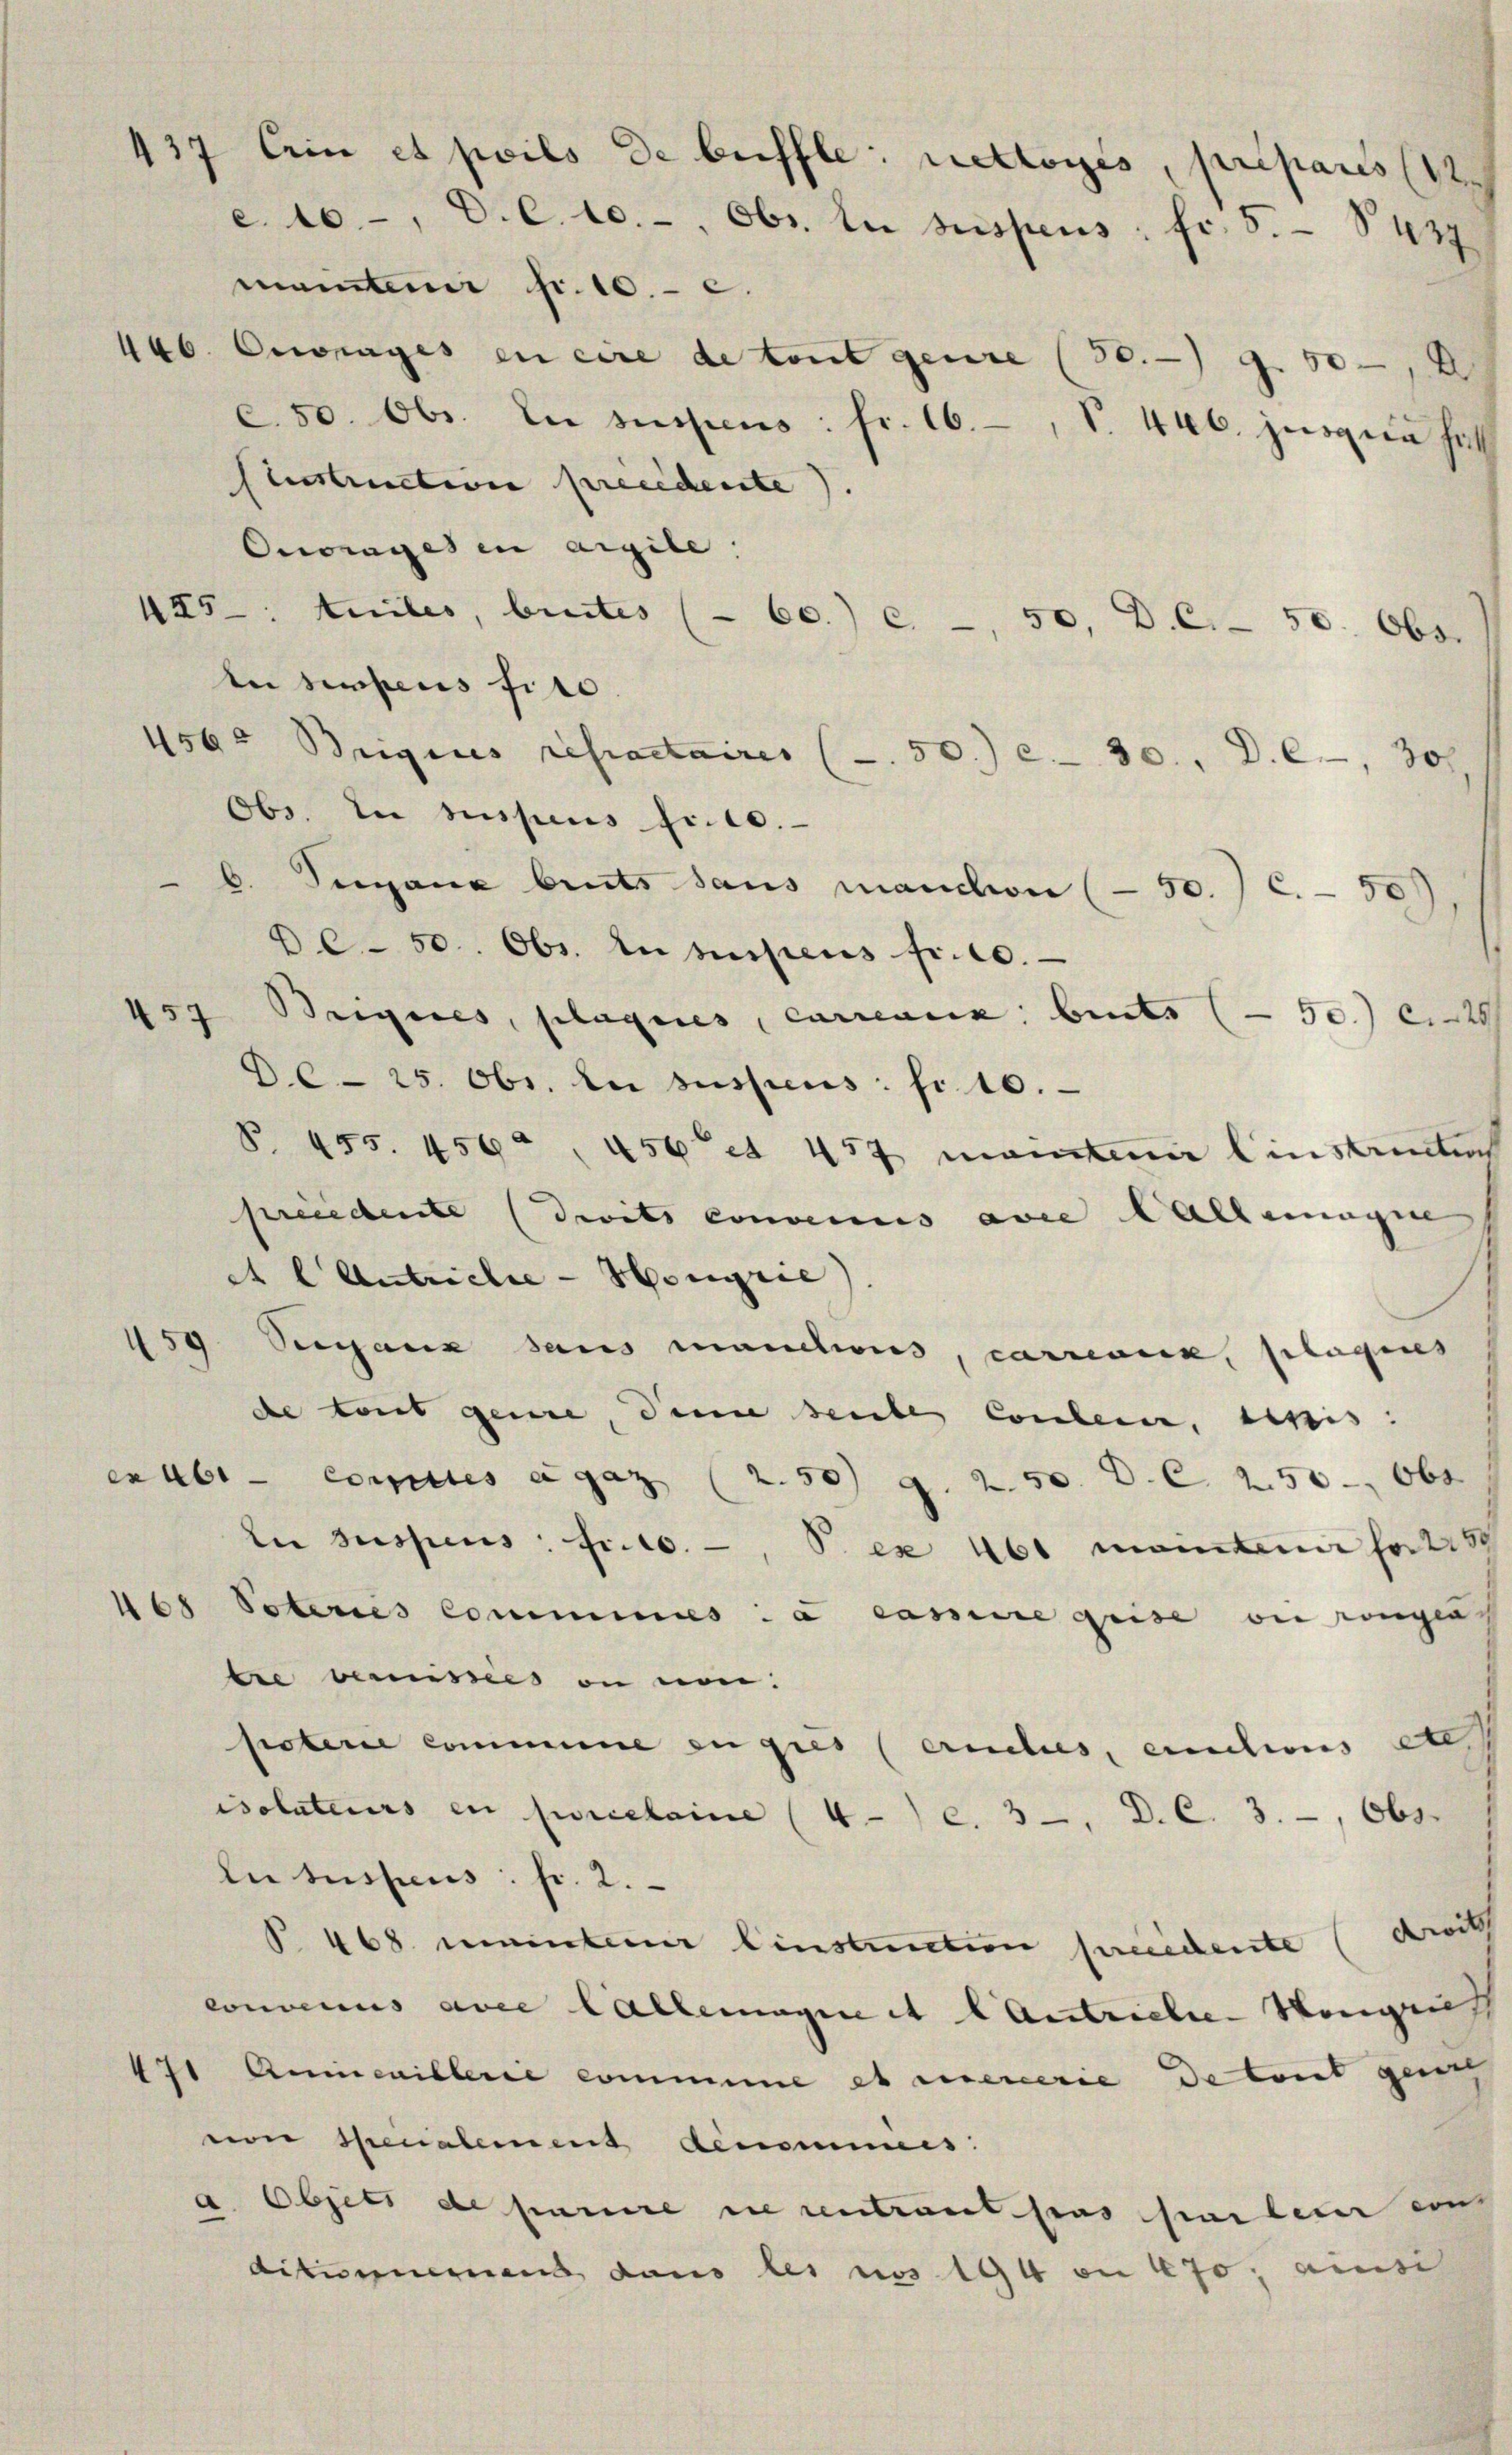
maintem fr. 10. c.
46
Oewaages en cire de tout genre (50.- g 500, 2
c.50. Obr. In suspens: fr. 16., S. 446. jurien hies
Stustruction preeidente).
Orwrages in argile.
425: teiles, bietes (- 60. c. - 50, D. C. - 50. Obs
An sehens fine
456. Brigines repraetaires (50.) - 30. d. 6, 30.
Obs. In suspens fr. 10.
b. Vergane biets dans manchen (50.) C. 50
0-50. Obr. In suspens fr. 10.
157 Brigires, plageres, currenz beits (50.) C
D- 25. Obr. In suspens. fr. 10.
P. 455. 456, 456. 457 mainten Einstrunter
precedente (divits convenus avec lallemagne
e l Antrichte - Hougrie)
Seeaux dans manches, carrenick, plagenes
de tout genere, den seite Coulern, Leis
enabe Comites agaz (2.50 g. 250. D. C. 250 - Obt
du suspens: Fr. 10, P. ex 461 mainten fertisch
8
Vateriis Commines: a cassire quise ou rangen
tre venisies an ein.
poterie commine zu gres (auches, actions etc
isoluteurs en prcclaine (4) c. 3. D. C. 3., Obs
Le suspens. fr. 2.
468. meinterer Einstruction freichente (drit
convenus avec lallemagen et l Antriebe Kongnis
171 Anmicillerie comme et exercerie de tout ganz
von Spenalement denommes:
a. Objets de parire de centraut pas sur leur ein
ditimement dans les nos 194 on 470, ainsi

437 ein et poils de beffle: rettoris, préparés (12
e. 10, C. c. 10.-, Obr. In suspens: fr. 5. §. 437